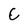
Character: C